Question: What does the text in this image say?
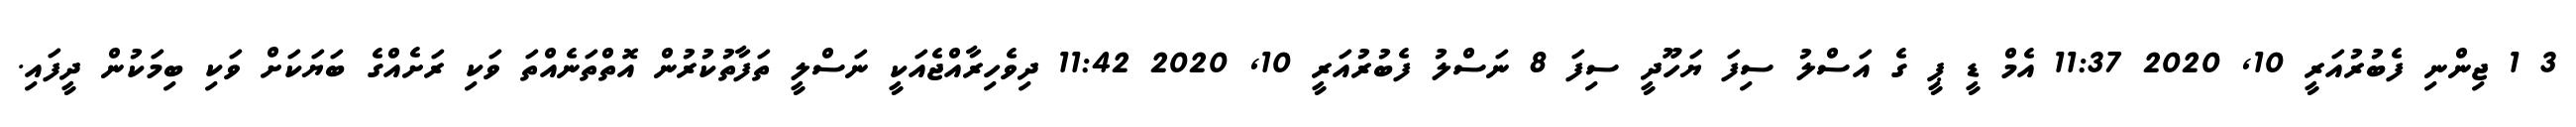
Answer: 3 1 ޖިންނި ފެބުރުއަރީ 10, 2020 11:37 އެމް ޑީ ޕީ ގެ އަސްލު ސިފަ ޔަހޫދީ ސިފަ 8 ނަސްލު ފެބުރުއަރީ 10, 2020 11:42 ދިވެހިރާއްޖެއަކީ ނަސްލީ ތަފާތުކުރުން އޮތްތަނެއްތަ ވަކި ރަށެއްގެ ބަޔަކަށް ވަކި ބިމަކުން ދީފައި.